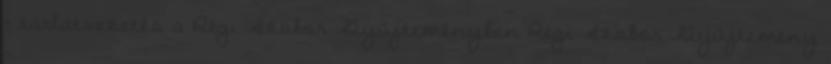
– tárlatvezetés a Régi Szobor Gyűjteményben Régi Szobor Gyűjtemény